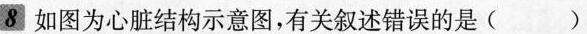
8 如图为心脏结构示意图，有关叙述错误的是( )